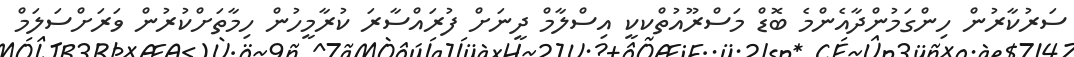
ސަރުކާރުން ހިންގަމުންދާއެންމެ ބޮޑް މަސްރޫއުތްކކީ އިސްލާމް ދީނަށް ފުރައްސާރަ ކުރާމީހުން ހިމާތަށްކުރުން ވަރަށްސަލަމް